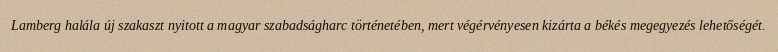
Lamberg halála új szakaszt nyitott a magyar szabadságharc történetében, mert végérvényesen kizárta a békés megegyezés lehetőségét.